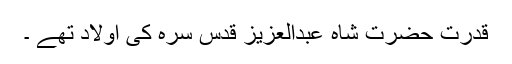
قدرتؔ حضرت شاہ عبدالعزیز قدِس سرہ کی اولاد تھے ۔